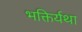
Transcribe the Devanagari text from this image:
भक्तिर्यथा